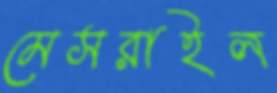
মেসরাইল